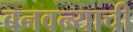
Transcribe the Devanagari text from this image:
बनवन्याची